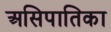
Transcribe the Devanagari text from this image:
असिपातिका